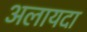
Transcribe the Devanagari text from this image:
अलायदा